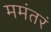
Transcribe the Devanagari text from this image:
ममंतरं